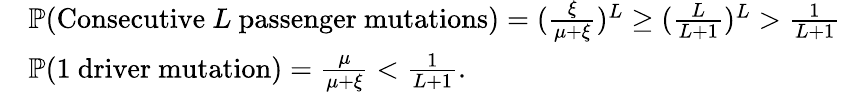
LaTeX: \begin{array}{rl}&{\mathbb{P}(\mathrm{Consecutive~}L\mathrm{~passenger~mutations})=(\frac{\xi}{\mu+\xi})^{L}\geq(\frac{L}{L+1})^{L}>\frac{1}{L+1}}\\ &{\mathbb{P}(1\mathrm{~driver~mutation})=\frac{\mu}{\mu+\xi}<\frac{1}{L+1}.}\end{array}